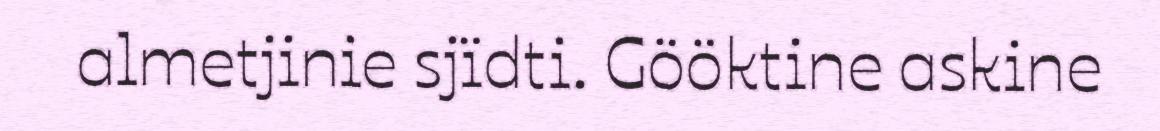
almetjinie sjïdti. Gööktine askine